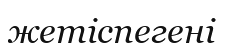
жетіспегені